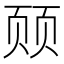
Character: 𬱛